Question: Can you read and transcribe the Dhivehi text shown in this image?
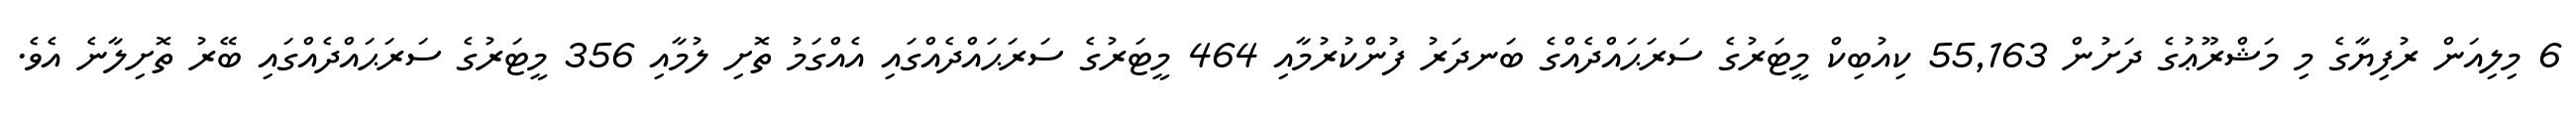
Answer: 6 މިލިއަން ރުފިޔާގެ މި މަޝްރޫޢުގެ ދަށުން 55,163 ކިއުބިކް މީޓަރުގެ ސަރަޙައްދެއްގެ ބަނދަރު ފުންކުރުމާއި 464 މީޓަރުގެ ސަރަޙައްދެއްގައި އެއްގަމު ތޮށި ލުމާއި 356 މީޓަރުގެ ސަރަޙައްދެއްގައި ބޭރު ތޮށިލާނެ އެވެ.